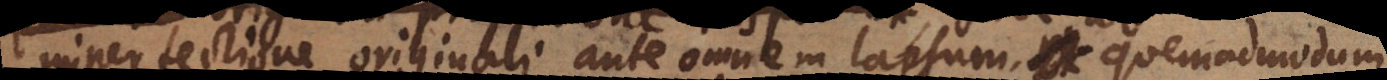
imperfectione originali ante omnem lapsum, quemadmodu